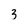
Character: 3